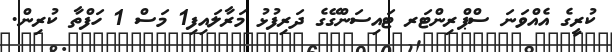
ކުރީގެ އެއްވަނަ ސްޕްރިންޓަރ ޓައިސަންގޭގެ ދަރިފުޅު މަރާލައިފި1 މަސް 1 ހަފްތާ ކުރިން.